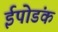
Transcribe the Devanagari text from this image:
ईपोडंक